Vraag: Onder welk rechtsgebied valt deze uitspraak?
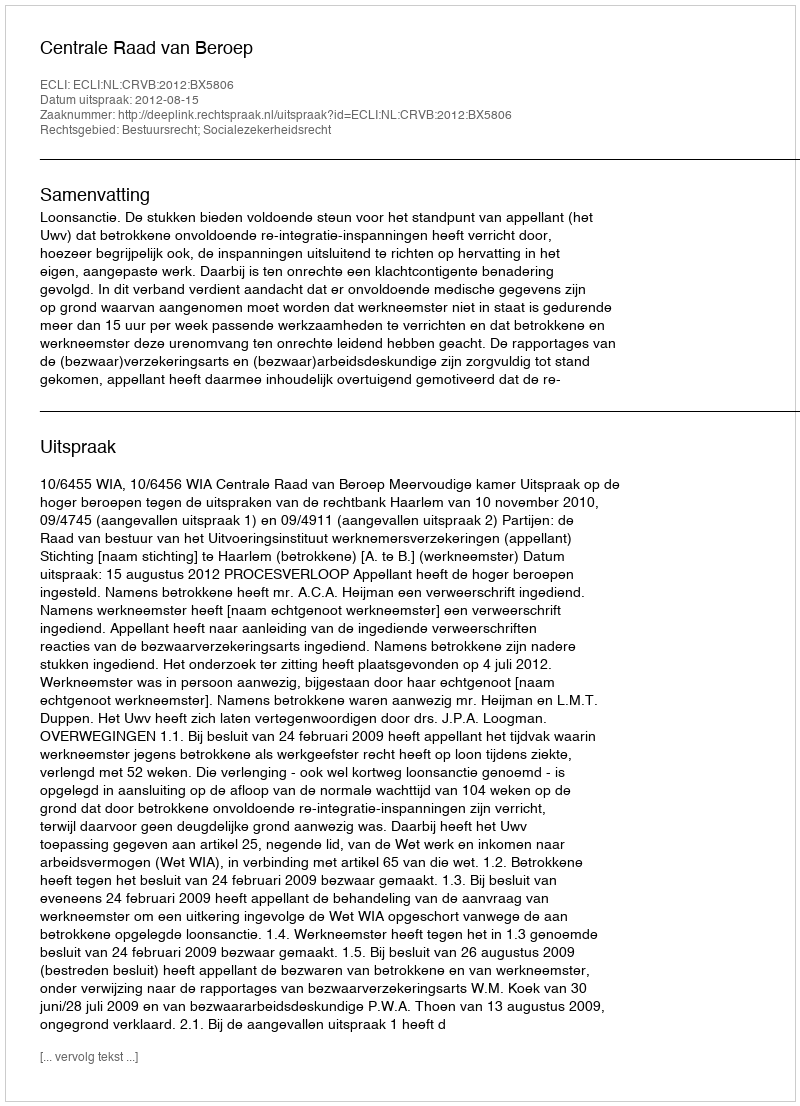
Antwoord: Bestuursrecht; Socialezekerheidsrecht